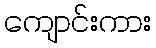
ကျောင်းကား